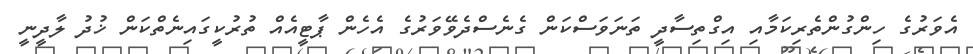
އެވަރުގެ ހިންގުންތެރިކަމާއި އިގްތިސާދީ ތަނަވަސްކަން ގެނެސްދެވޭވަރުގެ އެހެން ޕާޓީއެއް ތުރުކީގައިނެތްކަން ޚުދު ލާދީނީ